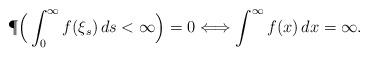
LaTeX: \begin{align*}\P\Big(\int_0^\infty f(\xi_s)\,ds<\infty\Big)=0&\Longleftrightarrow \int^\infty f(x)\,dx=\infty.\end{align*}